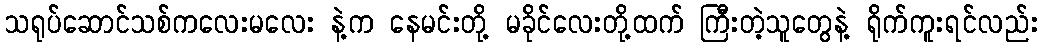
သရုပ်ဆောင်သစ်ကလေးမလေး နဲ့က နေမင်းတို့ မခိုင်လေးတို့ထက် ကြီးတဲ့သူတွေနဲ့ ရိုက်ကူးရင်လည်း